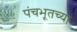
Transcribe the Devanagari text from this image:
पंचभूतच्या